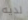
لديه